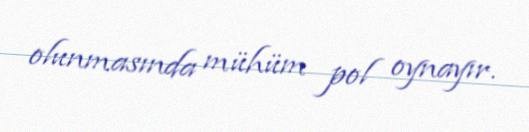
olunmasında mühüm pol oynayır.